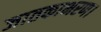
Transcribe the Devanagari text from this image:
जातकाभरण।